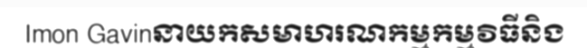
Imon Gavinនាយកសមាហរណកម្មកម្មវិធីនិង